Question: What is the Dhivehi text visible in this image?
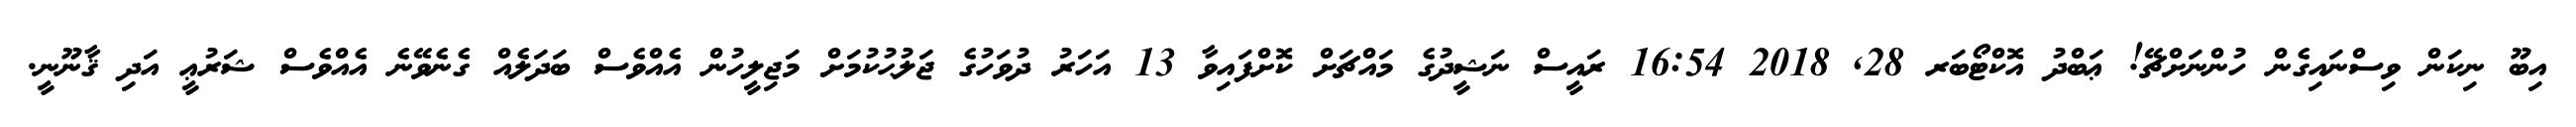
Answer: އިބޫ ނިކަން ވިސްނައިގެން ހުންނަށްޗޭ! ޢަބްދު އޮކްޓޯބަރ 28, 2018 16:54 ރައީސް ނަޝީދުގެ މައްޗަށް ކޮށްފައިވާ 13 އަހަރު ދުވަހުގެ ޖަލުޙުކުމަށް މަޖިލީހުން އެއްވެސް ބަދަލެއް ގެނެވޭނެ އެއްވެސް ޝަރުޢީ އަދި ޤާނޫނީ.